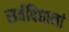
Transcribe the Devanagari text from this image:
सर्वविद्यानां